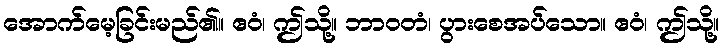
အောက်မေ့ခြင်းမည်၏။ ဧဝံ၊ ဤသို့။ ဘာဝတံ၊ ပွားစေအပ်သော။ ဧဝံ၊ ဤသို့။